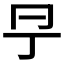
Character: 𠕊